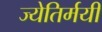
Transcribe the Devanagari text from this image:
ज्येतिर्मयी